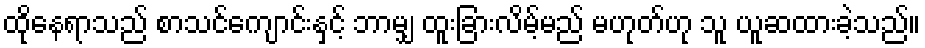
ထိုနေရာသည် စာသင်ကျောင်းနှင့် ဘာမျှ ထူးခြားလိမ့်မည် မဟုတ်ဟု သူ ယူဆထားခဲ့သည်။